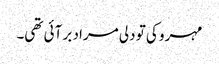
مہرو کی تو دلی مراد بر آئی تھی۔